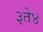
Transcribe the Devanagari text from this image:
३ते४